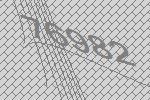
76982